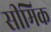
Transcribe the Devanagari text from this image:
सीमिक